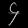
Digit: ၄